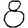
Digit: 8